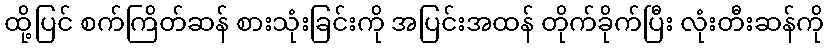
ထို့ပြင် စက်ကြိတ်ဆန် စားသုံးခြင်းကို အပြင်းအထန် တိုက်ခိုက်ပြီး လုံးတီးဆန်ကို